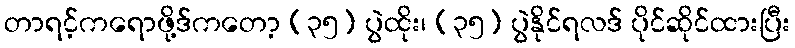
တာရင့်ကရောဖို့ဒ်ကတော့ (၃၅) ပွဲထိုး၊ (၃၅) ပွဲနိုင်ရလဒ် ပိုင်ဆိုင်ထားပြီး